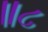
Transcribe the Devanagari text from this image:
॥८